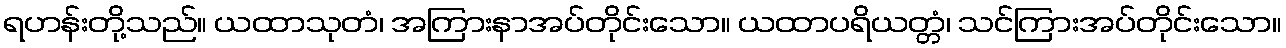
ရဟန်းတို့သည်။ ယထာသုတံ၊ အကြားနာအပ်တိုင်းသော။ ယထာပရိယတ္တံ၊ သင်ကြားအပ်တိုင်းသော။